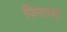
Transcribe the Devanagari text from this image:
पिनारुद्र